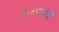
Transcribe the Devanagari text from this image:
दादांबद्दल